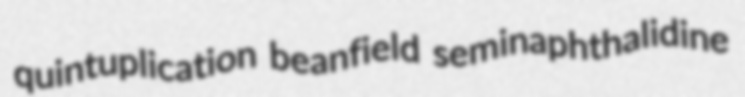
quintuplication beanfield seminaphthalidine